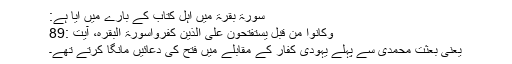
سورۃ بقرۃ میں اہل کتاب کے بارے میں آیا ہے:
وَكَانُواْ مِن قَبْلُ يَسْتَفْتِحُونَ عَلَى الَّذِينَ كَفَرُواسورۃ البقرہ، آیت :89
یعنی بعثت محمدی سے پہلے یہودی کفار کے مقابلے میں فتح کی دعائیں مانگا کرتے تھے۔